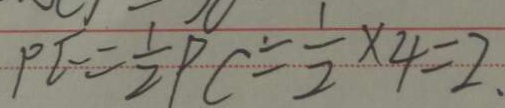
P E = \frac { 1 } { 2 } P C = \frac { 1 } { 2 } \times 4 = 2 \cdot